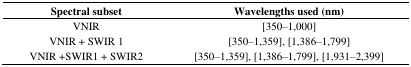
<table><thead><tr><td><b>Spectral subset</b></td><td><b>Wavelengths used (nm)</b></td></tr></thead><tbody><tr><td>VNIR</td><td>[350–1,000]</td></tr><tr><td>VNIR + SWIR 1</td><td>[350–1,359], [1,386–1,799]</td></tr><tr><td>VNIR +SWIR1 + SWIR2</td><td>[350–1,359], [1,386–1,799], [1,931–2,399]</td></tr></tbody></table>